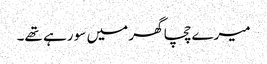
میرے چچا گھر میں سو رہے تھے۔